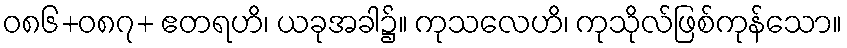
ဝ၈၆+၀၈၇+ ဧတရဟိ၊ ယခုအခါ၌။ ကုသလေဟိ၊ ကုသိုလ်ဖြစ်ကုန်သော။